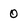
Character: 0